system: You are a helpful assistant.
user:
Analyze the provided spectrum to determine if it is a **"Cataclysmic Variables (CV)"**.

- **Key Indicators for CV (Check for either state):**
    - **State 1: Quiescent / Low-State (Emission-Dominated)**
        - **(Primary):** Strong and *very broad* Hydrogen Balmer emission lines (e.g., $H\alpha$ at 6563 Å, $H\beta$ at 4861 Å). The 'broadness' (high velocity dispersion, often FWHM > 1000 km/s) is the key diagnostic, indicating a high-velocity accretion disk.
        - **(Secondary):** Broad neutral Helium (He I) emission lines (e.g., 5876 Å, 6678 Å).
        - **(Key Confirmation):** Presence of high-excitation *ionized* Helium (He II) emission at 4686 Å. This is a strong indicator of accretion onto a white dwarf.
        - **(Line Profile):** Emission lines may exhibit a 'double-peaked' profile, which is a classic signature of a rotating accretion disk viewed at high inclination.

    - **State 2: Outburst / High-State (Absorption-Dominated)**
        - **(Primary):** Spectrum is dominated by a bright, blue continuum (looks like a hot star).
        - **(Secondary):** The emission lines from State 1 are weak, absent, or 'filled in', and are replaced by broad, shallow *absorption* lines (primarily Balmer and He I).
        - **(Morphology):** The overall spectrum mimics a hot B/A-type star. The crucial difference is that the absorption lines are significantly broader, shallower, and more 'washed-out' (or 'smeared') than the sharp lines of a normal stellar photosphere, due to high rotational speeds and pressure broadening in the disk.

Think first, call **spectral_visualization_tool** if needed to examine features in detail, then provide your final answer. Your response must adhere to the following strict rules:
1.  **Overall Structure:** Your response must follow the format `<think>...</think> <tool_call>...</tool_call> (if a tool is used) <answer>...</answer>`.
2.  **Tool Usage Constraint:** You may only make **one** tool call per turn.
3.  **Final Answer Format:** In the `<answer>` tag, your conclusion must be inside a `\boxed{}` command (e.g., `\boxed{YES}`), followed by your justification.

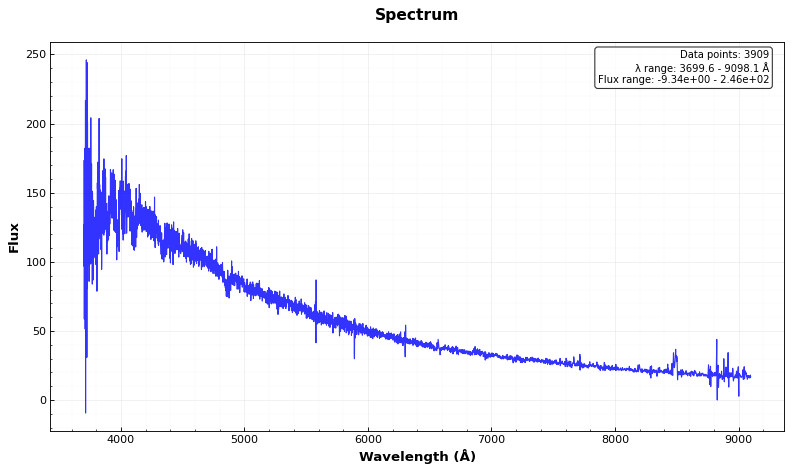
Answer: YES